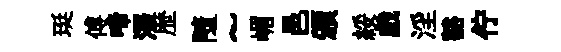
珽傅啼澤歴隨~嵋邑頒綏戲淫豁佇